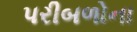
પરીબળોના